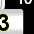
Digit: 3